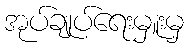
အုပ်ချုပ်ရေးမှူးမှ